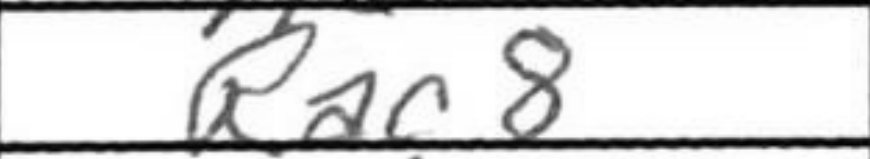
Transcription: Rac8